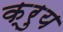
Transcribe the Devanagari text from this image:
क्रुय